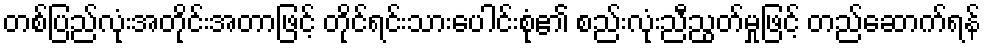
တစ်ပြည်လုံးအတိုင်းအတာဖြင့် တိုင်ရင်းသားပေါင်းစုံ၏ စည်းလုံးညီညွတ်မှုဖြင့် တည်ဆောက်ရန်